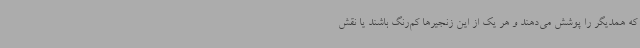
که همدیگر را پوشش می‌دهند و هر یک از این زنجیرها کم‌رنگ باشند یا نقش